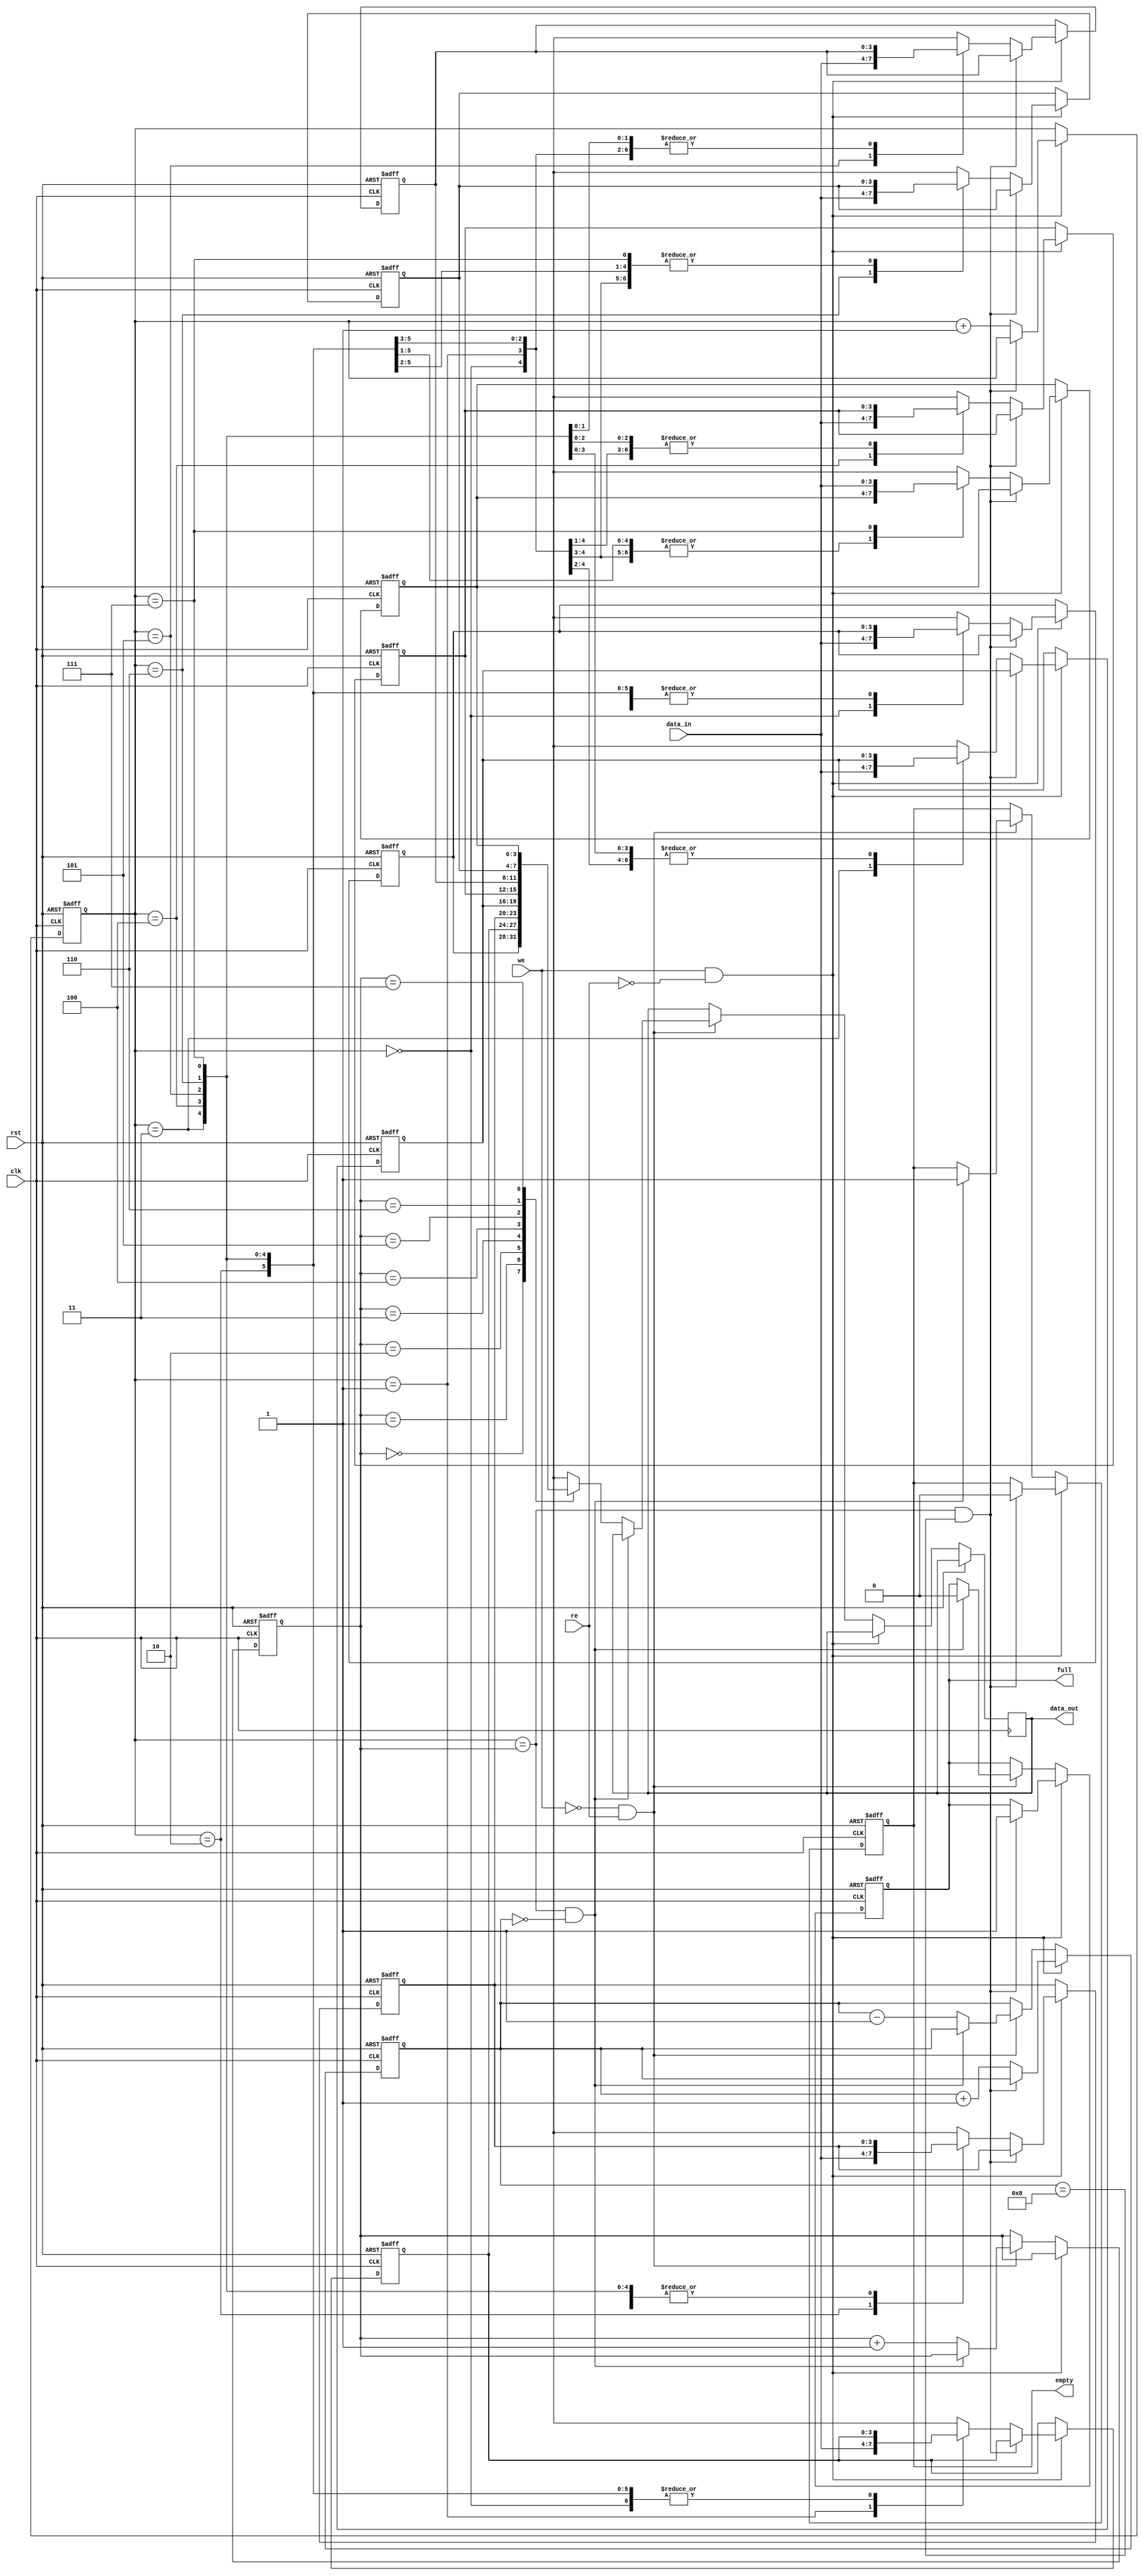
module synch_fifo (
            rst, clk, we, re, data_in, data_out,full,empty
);

parameter ptr_size='d3;                  //declaring as parameters to make variable memory
parameter depth='d8;                     // depth_size =2^(pointer_size-1)
parameter width='d4;
integer i;


reg [width-1:0]mem[depth-1:0];            //memory declaration
 
reg  [ptr_size-1:0]wr_ptr,rd_ptr;

reg [3:0]count;

input rst,clk,we,re;
input [width-1:0]data_in;
 
output reg [width-1:0]data_out;
output reg full,empty;

always @(posedge clk or posedge rst)
begin
    if(rst)
    begin
        for(i=0;i<depth;i=i+1)                  //resetting fifo
           mem[i]=4'b0;
           wr_ptr=3'b0;
            rd_ptr=3'b0;
            full=1'b0;
            empty=1'b1;
            count=3'b0;
    end

    else if ((we==1) && (re==0))                                 //write condition
    begin
        if ((wr_ptr==rd_ptr) && (count==4'b1000))                              //checking memory full or not
        begin
             full=1'b1;
             empty=1'b0;                                      //if yes making full as high                          
         end
        else
        begin
             mem[wr_ptr]=data_in;                         
             wr_ptr=wr_ptr+1; 
             count=count+1;
        end
        
    end

    else if ((we==0) && (re==1))                   //read condition
    begin

        if ((wr_ptr==rd_ptr) && (count==4'b0000)) 
        begin
            empty=1'b1;
            full=1'b0;
           
         end

         else
         begin
             data_out=mem[rd_ptr];
             rd_ptr=rd_ptr+1;
             count=count-1;
         end


    end

    else
    begin
        wr_ptr=wr_ptr;
        rd_ptr=rd_ptr;
        count=count;

    end

end

    
endmodule

module synch_fifo_tb; 

parameter ptr_size='d3;                
parameter depth='d8;                   
parameter width='d4; 


reg rst,clk,we,re;
reg [width-1:0]data_in;

wire [width-1:0]data_out;
wire full,empty;

synch_fifo dut( .rst(rst), .clk(clk), .we(we), .re(re), .data_in(data_in), .data_out(data_out),.full(full),.empty(empty));

initial 
begin
    clk=0; rst=0; re=0; we=0; data_in=4'b1010;
    #10 rst=1'b1; 
    #10 rst=1'b0;

              re=0; we=1;
             #5  data_in='d0;
             #20 re=0; we=1; data_in='d1;
             #20 re=0; we=1; data_in='d2;
             #20 re=0; we=1; data_in='d3;
             #20 re=0; we=1; data_in='d4;
             #20 re=0; we=1; data_in='d5;
             #20 re=0; we=1; data_in='d6;
             #20 re=0; we=1; data_in='d7;
             #25 re=0; we=0;
          
        
             #20  re=1; we=0;
             #20  re=1; we=0;
             #20  re=1; we=0;
             #20  re=1; we=0;
             #20  re=1; we=0;
             #20  re=1; we=0;
             #20  re=1; we=0; 
             #20  re=1; we=0;    
             #20 re=0;we=0;

end
    
    always #10 clk=~clk;
endmodule